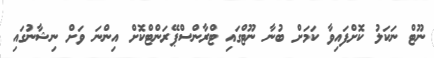
ނޫޓް ނަކަލު ކޮށްފައިވާ ކަމަށް ބުނާ ނޫޓްގައި ޓްރާންސްޕޭރަންޓްކޮށް އިންނަ ވަށް ނިޝާނުގައި